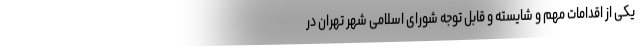
یکی از اقدامات مهم و شایسته و قابل توجه شورای اسلامی شهر تهران در